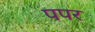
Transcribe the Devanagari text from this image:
पपर